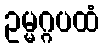
ဥမ္မဂ္ဂပထံ